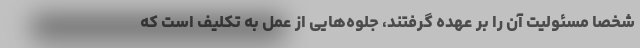
شخصا مسئولیت آن را بر عهده گرفتند، جلوه‌هایی از عمل به تکلیف است که